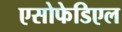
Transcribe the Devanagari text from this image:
एसोफेडिएल